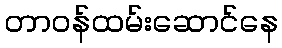
တာဝန်ထမ်းဆောင်နေ